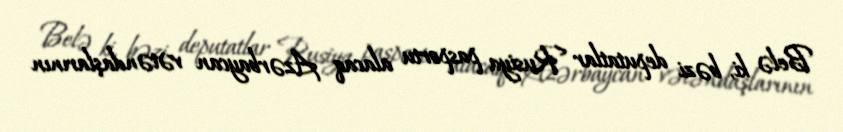
Belə ki, bəzi deputatlar Rusiya pasportu alacaq Azərbaycan vətəndaşlarının